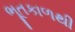
ભૂતકાળથી